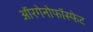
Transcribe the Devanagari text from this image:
ऑरगेनोफॉस्फेट